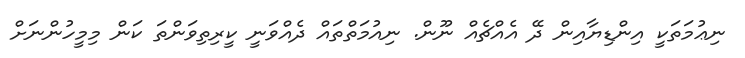
ނިޢުމަތަކީ އިންޑިޔާއިން ދޭ އެއްޗެއް ނޫން. ނިއުމަތްތައް ދެއްވަނީ ކީރިތިވަންތަ ކަން މިމީހުންނަށް